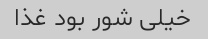
خیلی شور بود غذا